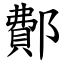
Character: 鄪